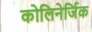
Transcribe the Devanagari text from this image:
कोलिनेर्जिक